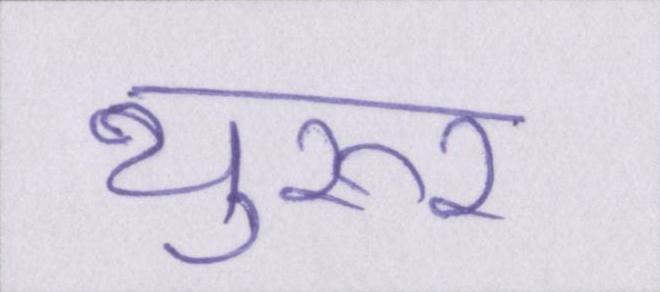
थुरूर